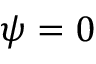
\psi = 0